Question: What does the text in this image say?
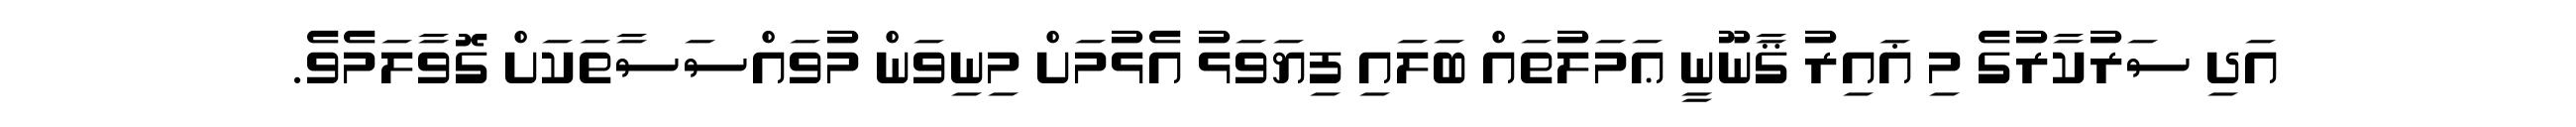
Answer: އަދި ސަރުކާރުގެ މި ޣައިރު ޤާނޫނީ ޢަމަލުތައް ބަލައި ފިޔަވަޅު އެޅުމަށް މިނިވަން މުވައްސަސާތަކަށް ގޮވާލަމެވެ.